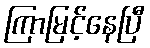
ကြာမြင့်နေပြီ